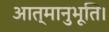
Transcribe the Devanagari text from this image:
आत्मानुभूति।